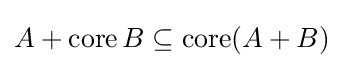
A+\operatorname {core} B\subseteq \operatorname {core} (A+B)